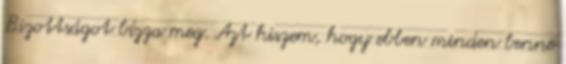
Bizottságot bízza meg. Azt hiszem, hogy ebben minden benne